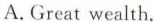
A.Great wealth.